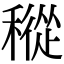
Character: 𥡬